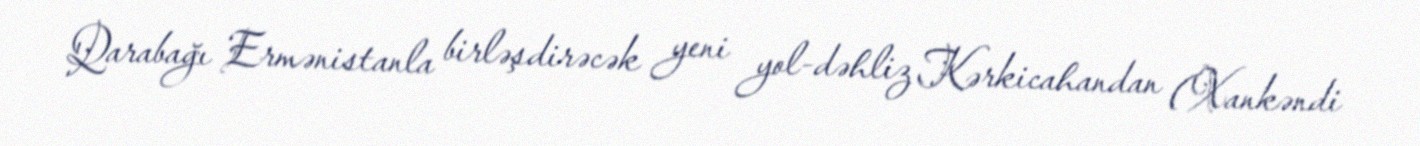
Qarabağı Ermənistanla birləşdirəcək yeni yol-dəhliz Kərkicahandan (Xankəndi